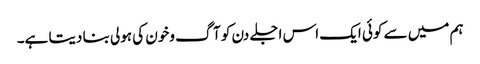
ہم میں سے کوئی ایک اس اجلے دن کو آگ وخون کی ہولی بنا دیتا ہے۔